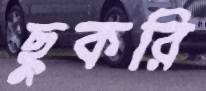
ছুকরি